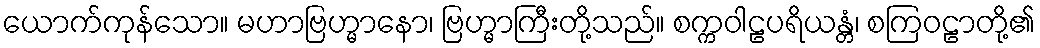
ယောက်ကုန်သော။ မဟာဗြဟ္မာနော၊ ဗြဟ္မာကြီးတို့သည်။ စက္ကဝါဠပရိယန္တံ၊ စကြဝဠာတို့၏